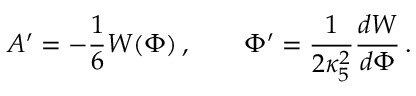
A ^ { \prime } = - { \frac { 1 } { 6 } } W ( \Phi ) \, , \qquad \Phi ^ { \prime } = { \frac { 1 } { 2 \kappa _ { 5 } ^ { 2 } } } { \frac { d W } { d \Phi } } \, .